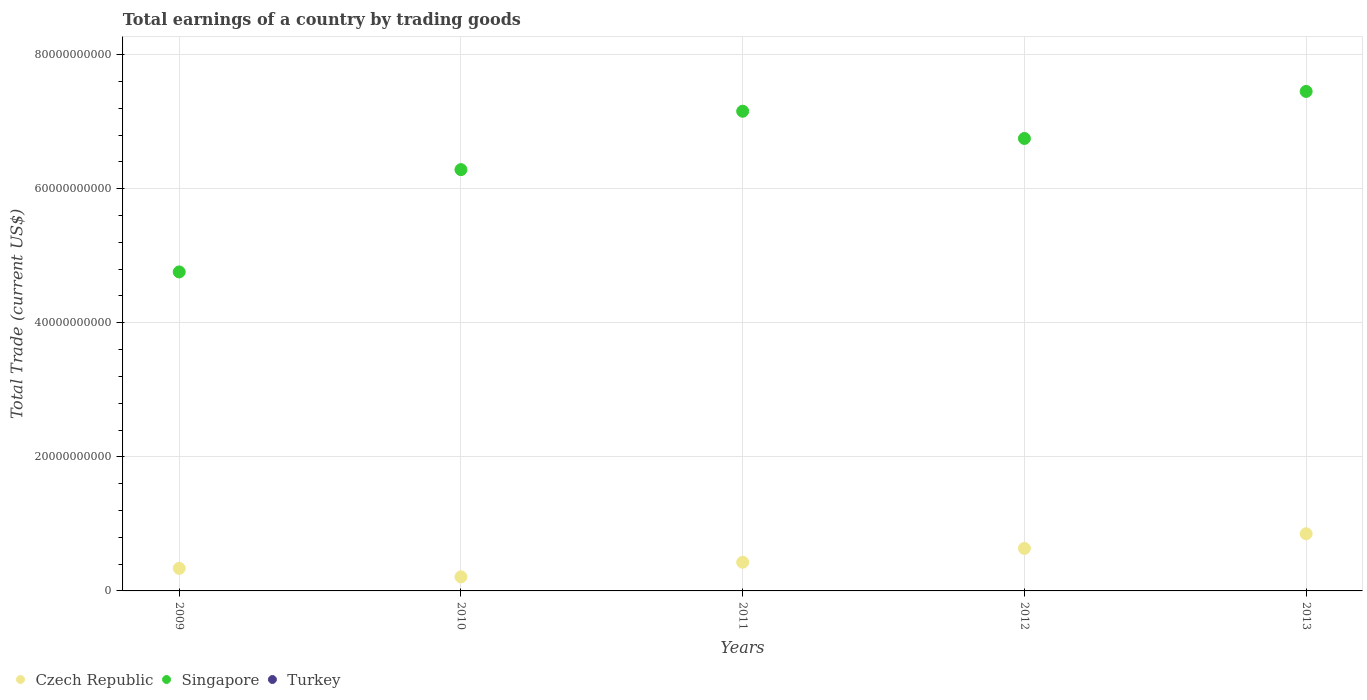
| Years | Czech Republic | Singapore | Turkey |
 | --- | --- | --- | --- |
 | 2009 | 3.37e+09 | 4.76e+10 | -2.48e+10 |
 | 2010 | 2.1e+09 | 6.28e+10 | -5.63e+10 |
 | 2011 | 4.28e+09 | 7.15e+10 | -8.92e+10 |
 | 2012 | 6.34e+09 | 6.75e+10 | -6.54e+10 |
 | 2013 | 8.53e+09 | 7.45e+10 | -7.99e+10 |